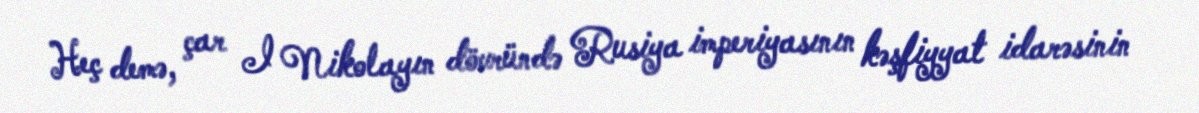
Heç demə, çar I Nikolayın dövründə Rusiya imperiyasının kəşfiyyat idarəsinin